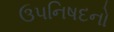
ઉપનિષદનો